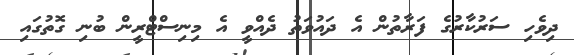
ދިވެހި ސަރުކާރުގެ ފަރާތުން އެ ދައުވަތު ދެއްވީ އެ މިނިސްޓްރީން ބުނި ގޮތުގައި